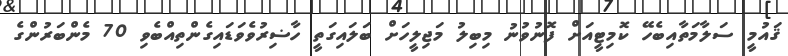
ޤައުމީ ސަލާމަތާއިބެހޭ ކޮމިޓީއަށް ފޮނުވުނު މިބިލު މަޖިލީހަށް ބަލައިގަތީ ހާޟިރުވެވަޑައިގެންތިއްބެވި 70 މެންބަރުންގެ